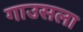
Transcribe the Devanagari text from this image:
गाउसला